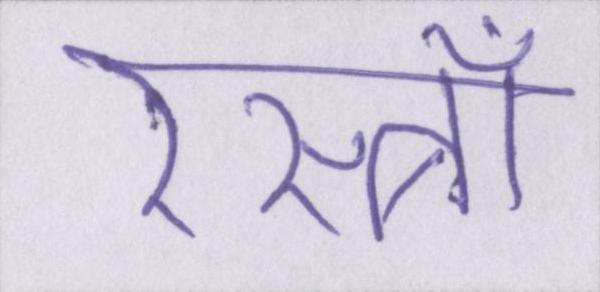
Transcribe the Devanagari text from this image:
रेस्त्राँ